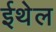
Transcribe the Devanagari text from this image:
ईथेल